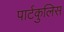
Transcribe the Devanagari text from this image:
पार्टकुलिस